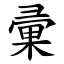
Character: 彚